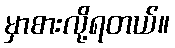
မှာစားလို့ရတယ်။